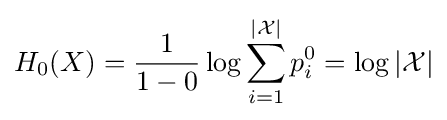
H_{0}(X)={\frac {1}{1-0}}\log \sum _{i=1}^{|{\mathcal {X}}|}p_{i}^{0}=\log |{\mathcal {X}}|